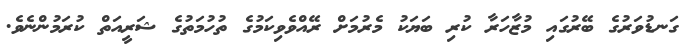
ގަނޑުވަރުގެ ބޭރުގައި މުޒާހަރާ ކުރި ބަޔަކު މެރުމަށް ރޭއްވެވިކަމުގެ ތުހުމަތުގެ ޝަރީއަތް ކުރަމުންނެވެ.